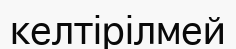
келтірілмей